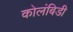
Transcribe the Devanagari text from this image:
कोलंबिडी